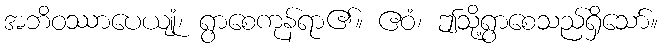
အဘိဝဿာပေယျုံ၊ ရွာစေကုန်ရာ၏။ ဧဝံ၊ ဤသို့ရွာစေသည်ရှိသော်။